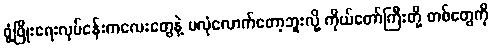
ဖွံ့ဖြိုးရေးလုပ်ငန်းကလေးတွေနဲ့ မလုံလောက်တော့ဘူးလို့ ကိုယ်တော်ကြီးတို့ တစ်တွေကို